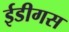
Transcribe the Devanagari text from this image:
ईडीगस